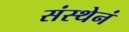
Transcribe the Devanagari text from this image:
संस्थेनं